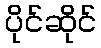
ပိုင်ဆိုင်